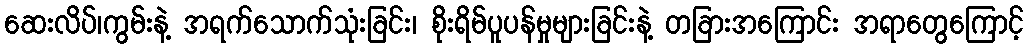
ဆေးလိပ်၊ကွမ်းနဲ့ အရက်သောက်သုံးခြင်း၊ စိုးရိမ်ပူပန်မှုများခြင်းနဲ့ တခြားအကြောင်း အရာတွေကြောင့်